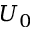
U _ { 0 }